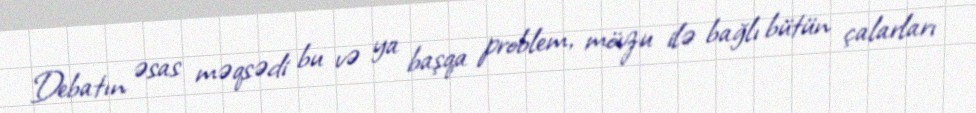
Debatın əsas məqsədi bu və ya başqa problem, mövzu ilə bağlı bütün çalarları